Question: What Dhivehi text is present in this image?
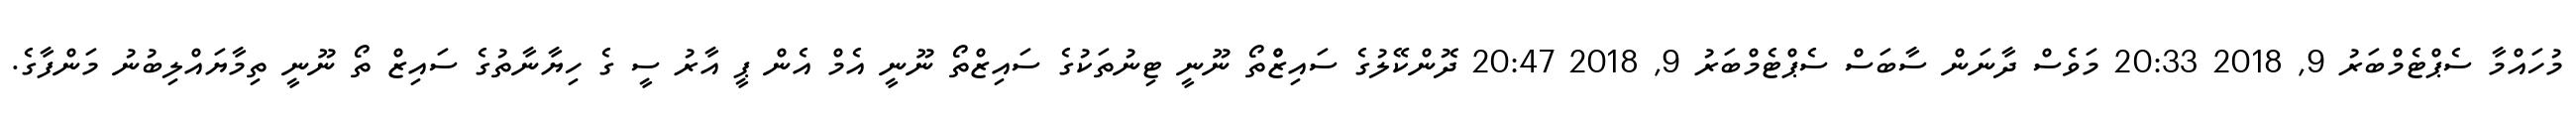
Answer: މުހައްމާ ސެޕްޓެމްބަރު 9, 2018 20:33 މަވެސް ދާނަން ސާބަސް ސެޕްޓެމްބަރު 9, 2018 20:47 ދޮންކޭލުގެ ސައިޒްްތޯ ނޫނީ ޓިނުތަކުގެ ސައިޒްތޯ ނޫނީ އެމް އެން ޕީ އާރު ސީ ގެ ހިޔާނާތުގެ ސައިޒް ތޯ ނޫނީ ތިމާޔައްލިބުނު މަންފާގެ.